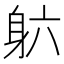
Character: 𬧡